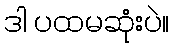
ဒါ ပထမဆုံးပဲ။